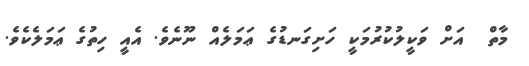
މާތް  އަށް ވަކީލުކުރުމަކީ ހަށިގަނޑުގެ ޢަމަލެއް ނޫނެވެ. އެއީ ހިތުގެ ޢަމަލެކެވެ.